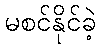
မစင်နိုင်ခဲ့